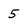
Character: 5